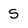
Character: S